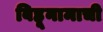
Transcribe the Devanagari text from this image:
बिहूनामाची